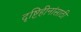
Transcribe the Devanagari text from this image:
दृष्टिहीनांसाठी